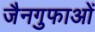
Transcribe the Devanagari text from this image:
जैनगुफाओं